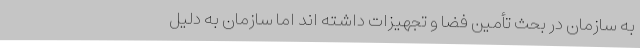
به سازمان در بحث تأمین فضا و تجهیزات داشته اند اما سازمان به دلیل